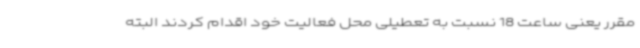
مقرر یعنی ساعت 18 نسبت به تعطیلی محل فعالیت خود اقدام کردند البته